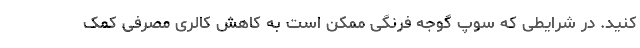
کنید. در شرایطی که سوپ گوجه فرنگی ممکن است به کاهش کالری مصرفی کمک